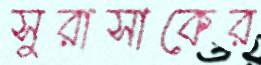
সুরাসাকের